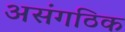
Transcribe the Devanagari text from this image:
असंगठिक